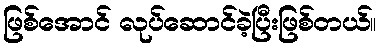
ဖြစ်အောင် လုပ်ဆောင်ခဲ့ပြီးဖြစ်တယ်။